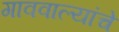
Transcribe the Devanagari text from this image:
गाववाल्यांचे